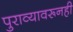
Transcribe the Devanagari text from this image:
पुराव्यावरूनही